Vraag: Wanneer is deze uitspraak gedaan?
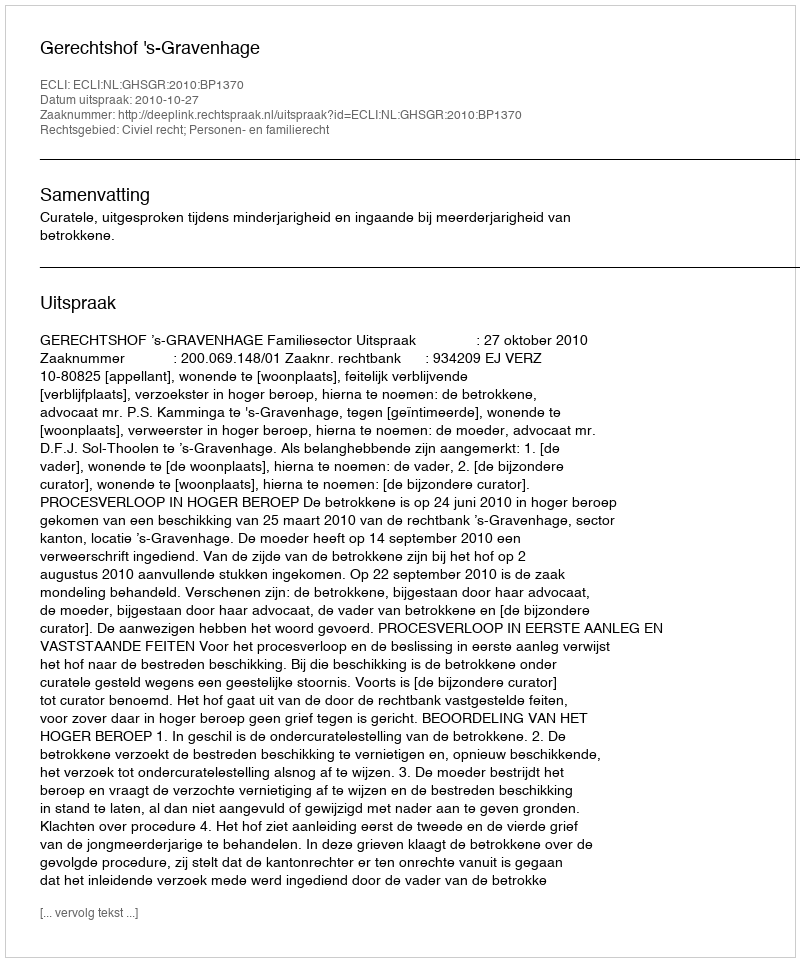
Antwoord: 2010-10-27